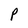
Character: P